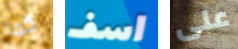
كما اسف على